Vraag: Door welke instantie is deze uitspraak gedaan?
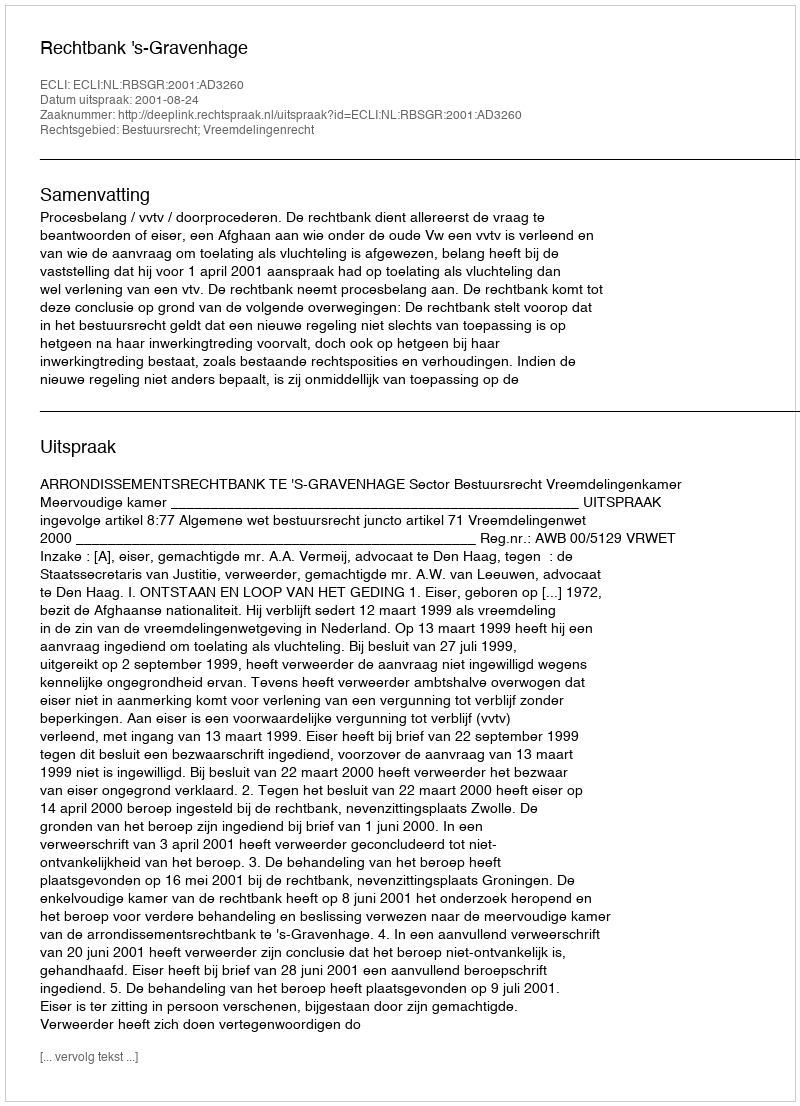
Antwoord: Rechtbank 's-Gravenhage